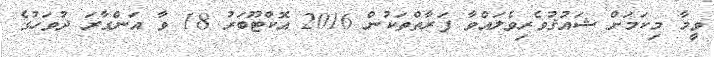
ވީމާ މިކަމަށް ޝައުޤުވެރިވެލައްވާ ފަރާތްތަކުން 2016 އޮކްޓޫބަރު 18 ވާ އަންގާރަ ދުވަހުގެ